Report of the Indian Hemp Drugs Commission, 1894-1895 - Volume V
Year: 1894
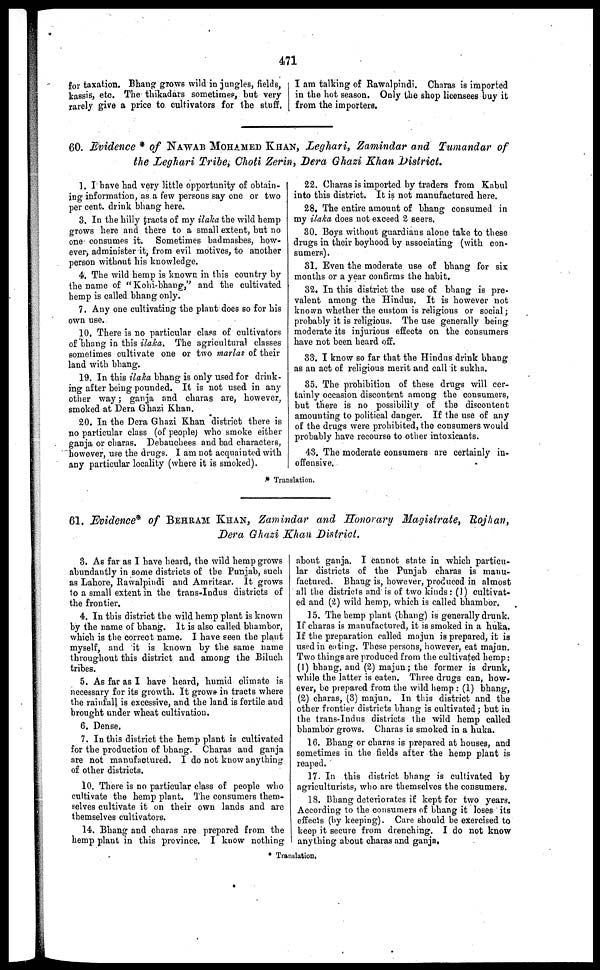
471
for taxation. Bhang grows wild in jungles, fields,
kassis, etc. The thikadars sometimes, but very
rarely give a price to cultivators for the stuff.
I am talking of Rawalpindi. Charas is imported
in the hot season. Only the shop licensees buy it
from the importers.
60. Evidence * of NAWAB MOHAMED KHAN, Leghari, Zamindar and Tumandar of
the Leghari Tribe, Choti Zerin, Dera Ghazi Khan District.
1. I have had very little opportunity of obtain-
ing information, as a few persons say one or two
per cent. drink bhang here.
3. In the hilly tracts of my ilaka the wild hemp
grows here and there to a small extent, but no
one consumes it. Sometimes bad mashes, how-
ever, administer it, from evil motives, to another
person without his knowledge.
4. The wild hemp is known in this country by
the name of " Kola-bhang," and the cultivated
hemp is called bhang only.
7. Any one cultivating the plant does so for his
own use.
10. There is no particular class of cultivators
of bhang in this ilaka. The agricultural classes
sometimes cultivate one or two marlas of their
land with bhang.
19. In this ilaka bhang is only used for drink-
ing after being pounded. It is not used in any
other way; ganja and charas are, however,
smoked at Dera Ghazi Khan.
20. In the Dera Ghazi Khan district there is
no particular class (of people) who smoke either
ganja or charas. Debauchees and bad characters,
however, use the drugs. I am not acquainted with
any particular locality (where it is smoked).
22. Charas is imported by traders from Kabul
into this district. It is not manufactured here.
28. The entire amount of bhang consumed in
my ilaka does not exceed 2 seers.
80. Boys without guardians alone take to these
drugs in their boyhood by associating (with con-
sumers).
31. Even the moderate use of bhang for sis
months or a year confirms the habit,
32. In this district the use of bhang is pre-
valent among the Hindus. It is however not
known whether the custom is religious or social;
probably it is religious. The use generally being
moderate its injurious effects on the consumers
have not been heard off.
33. I know so far that the Hindus drink bhang
as an act of religious merit and call it sukha.
35. The prohibition of these drugs will cer-
tainly occasion discontent among the consumers,
but there is no possibility of the discontent
amounting to political danger. If the use of any
of the drugs were prohibited, the consumers would
probably have recourse to other intoxicants.
43. The moderate consumers are certainly in-
offensive.
* Translation.
61. Evidence* of BEHRAM KHAN, Zamindar and Honorary Magistrate, Rojhan,
Dera Ghazi Khan District.
3. As far as I have heard, the wild hemp grows
abundantly in some districts of the Punjab, such
as Lahore, Rawalpindi and Amritsar. It grows
to a small extent in the trans-Indus districts of
the frontier.
4. In this district the wild hemp plant is known
by the name of bhang. It is also called bhambor,
which is the correct name. I have seen the plant
myself, and it is known by the same name
throughout this district and among the Biluch
tribes.
5. As far as I have heard, humid climate is
necessary for its growth. It grows in tracts where
the rainfall is excessive, and the land is fertile and
brought under wheat cultivation.
6. Dense.
7. In this district the hemp plant is cultivated
for the production of bhang. Charas and ganja
are not manufactured. I do not know anything
of other districts.
10. There is no particular class of people who
cultivate the hemp plant. The consumers them-
selves cultivate it on their own lands and are
themselves cultivators.
14. Bhang and charas are prepared from the
hemp plant in this province. I know nothing
about ganja. I cannot state in which particu-
lar districts of the Punjab charas is manu-
factured. Bhang is, however, produced in almost
all the districts and is of two kinds: (1) cultivat-
ed and (2) wild hemp, which is called bhambor.
15. The hemp plant (bhang) is generally drunk.
If charas is manufactured, it is smoked in a huka.
If the preparation railed majun is prepared, it is
used in eating. These persons, however, eat majun.
Two things are produced from the cultivated hemp:
(1) bhang, and (2) majun; the former is drunk,
while the latter is eaten. Three drugs can, how-
ever, be prepared from the wild hemp : (1) bhang,
(2) charas, (3) majun. In this district and the
other frontier districts bhang is cultivated; but in
the trans-Indus districts the wild hemp called
bhambor grows. Charas is smoked in a huka.
16. Bhang or charas is prepared at houses, and
sometimes in the fields after the hemp plant is
reaped.
17. In this district bhang is cultivated by
agriculturists, who are themselves the consumers.
18. Bhang deteriorates if kept for two years.
According to the consumers of bhang it loses its
effects (by keeping). Care should be exercised to
keep it secure from drenching. I do not know
anything about charas and ganja.
* Translation.